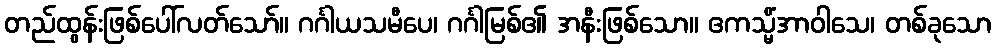
တည်ထွန်းဖြစ်ပေါ်လတ်သော်။ ဂင်္ဂါယသမီပေ၊ ဂင်္ဂါမြစ်၏ အနီးဖြစ်သော။ ဧကသ္မိံအာဝါသေ၊ တစ်ခုသော